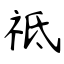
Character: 祗